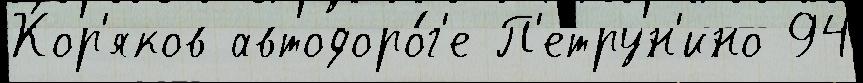
Кор'яков автодоро́г'е П'етрун'ино 94